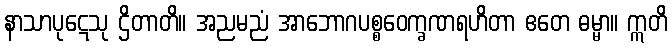
နာသာပုဋေသု ဌိတာတိ။ အညမညံ အာဘောဂပစ္စဝေက္ခဏရဟိတာ ဧတေ ဓမ္မာ။ ဣတိ